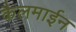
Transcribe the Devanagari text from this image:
कैलमाईन